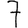
Digit: 7